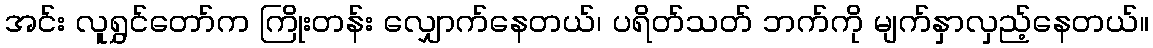
အင်း လူရွှင်တော်က ကြိုးတန်း လျှောက်နေတယ်၊ ပရိတ်သတ် ဘက်ကို မျက်နှာလှည့်နေတယ်။